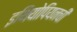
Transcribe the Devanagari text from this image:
इथियोपियनची